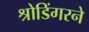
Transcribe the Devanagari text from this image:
श्रोडिंगरने